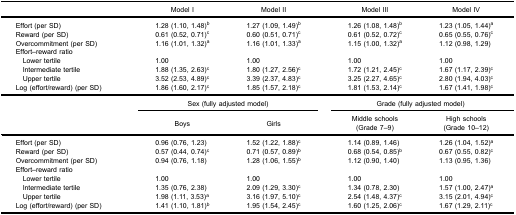
<table><thead><tr><td><b> </b></td><td><b>Model I</b></td><td><b>Model II</b></td><td><b>Model III</b></td><td><b>Model IV</b></td></tr></thead><tbody><tr><td>Effort (per SD)</td><td>1.28 (1.10, 1.48)<sup>b</sup></td><td>1.27 (1.09, 1.49)<sup>b</sup></td><td>1.26 (1.08, 1.48)<sup>b</sup></td><td>1.23 (1.05, 1.44)<sup>a</sup></td></tr><tr><td>Reward (per SD)</td><td>0.61 (0.52, 0.71)<sup>c</sup></td><td>0.60 (0.51, 0.71)<sup>c</sup></td><td>0.61 (0.52, 0.72)<sup>c</sup></td><td>0.65 (0.55, 0.76)<sup>c</sup></td></tr><tr><td>Overcommitment (per SD)</td><td>1.16 (1.01, 1.32)<sup>a</sup></td><td>1.16 (1.01, 1.33)<sup>a</sup></td><td>1.15 (1.00, 1.32)<sup>a</sup></td><td>1.12 (0.98, 1.29)</td></tr><tr><td>Effort–reward ratio</td><td> </td><td> </td><td> </td><td> </td></tr><tr><td> Lower tertile</td><td>1.00</td><td>1.00</td><td>1.00</td><td>1.00</td></tr><tr><td> Intermediate tertile</td><td>1.88 (1.35, 2.63)<sup>c</sup></td><td>1.80 (1.27, 2.56)<sup>c</sup></td><td>1.72 (1.21, 2.45)<sup>c</sup></td><td>1.67 (1.17, 2.39)<sup>c</sup></td></tr><tr><td> Upper tertile</td><td>3.52 (2.53, 4.89)<sup>c</sup></td><td>3.39 (2.37, 4.83)<sup>c</sup></td><td>3.25 (2.27, 4.65)<sup>c</sup></td><td>2.80 (1.94, 4.03)<sup>c</sup></td></tr><tr><td>Log (effort/reward) (per SD)</td><td>1.86 (1.60, 2.17)<sup>c</sup></td><td>1.85 (1.57, 2.18)<sup>c</sup></td><td>1.81 (1.53, 2.14)<sup>c</sup></td><td>1.67 (1.41, 1.98)<sup>c</sup></td></tr><tr><td> </td><td colspan="2">Sex (fully adjusted model)</td><td colspan="2">Grade (fully adjusted model)</td></tr><tr><td> </td><td>Boys</td><td>Girls</td><td>Middle schools (Grade 7–9)</td><td>High schools (Grade 10–12)</td></tr><tr><td>Effort (per SD)</td><td>0.96 (0.76, 1.23)</td><td>1.52 (1.22, 1.88)<sup>c</sup></td><td>1.14 (0.89, 1.46)</td><td>1.26 (1.04, 1.52)<sup>a</sup></td></tr><tr><td>Reward (per SD)</td><td>0.57 (0.44, 0.74)<sup>c</sup></td><td>0.71 (0.57, 0.89)<sup>b</sup></td><td>0.68 (0.54, 0.85)<sup>b</sup></td><td>0.67 (0.55, 0.82)<sup>c</sup></td></tr><tr><td>Overcommitment (per SD)</td><td>0.94 (0.76, 1.18)</td><td>1.28 (1.06, 1.55)<sup>b</sup></td><td>1.12 (0.90, 1.40)</td><td>1.13 (0.95, 1.36)</td></tr><tr><td>Effort–reward ratio</td><td> </td><td> </td><td> </td><td> </td></tr><tr><td> Lower tertile</td><td>1.00</td><td>1.00</td><td>1.00</td><td>1.00</td></tr><tr><td> Intermediate tertile</td><td>1.35 (0.76, 2.38)</td><td>2.09 (1.29, 3.30)<sup>c</sup></td><td>1.34 (0.78, 2.30)</td><td>1.57 (1.00, 2.47)<sup>a</sup></td></tr><tr><td> Upper tertile</td><td>1.98 (1.11, 3.53)<sup>a</sup></td><td>3.16 (1.97, 5.10)<sup>c</sup></td><td>2.54 (1.48, 4.37)<sup>c</sup></td><td>3.15 (2.01, 4.94)<sup>c</sup></td></tr><tr><td>Log (effort/reward) (per SD)</td><td>1.41 (1.10, 1.81)<sup>b</sup></td><td>1.95 (1.54, 2.45)<sup>c</sup></td><td>1.60 (1.25, 2.06)<sup>c</sup></td><td>1.67 (1.29, 2.11)<sup>c</sup></td></tr></tbody></table>